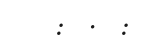
:  .  :